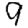
Digit: 9